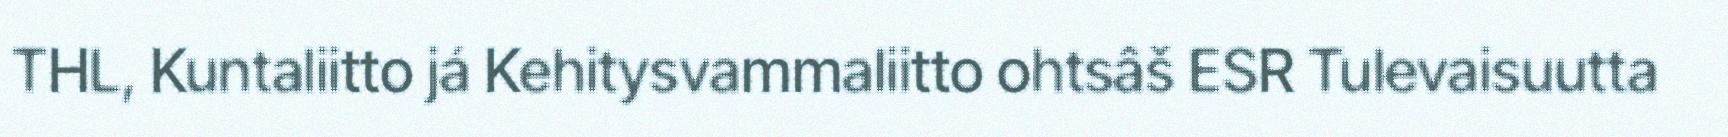
THL, Kuntaliitto já Kehitysvammaliitto ohtsâš ESR Tulevaisuutta